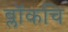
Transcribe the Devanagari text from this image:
ब्लॉकचि